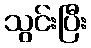
သွင်းပြီး